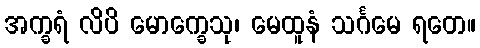
အက္ခရံ လိပိ မောက္ခေသု၊ မေထူနံ သင်္ဂမေ ရတေ။